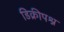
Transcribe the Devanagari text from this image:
डिक्रीपश्न